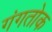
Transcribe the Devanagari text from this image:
गंगतोक